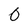
Character: 0